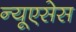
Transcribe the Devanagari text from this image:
न्यूएसेस